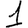
Digit: 1